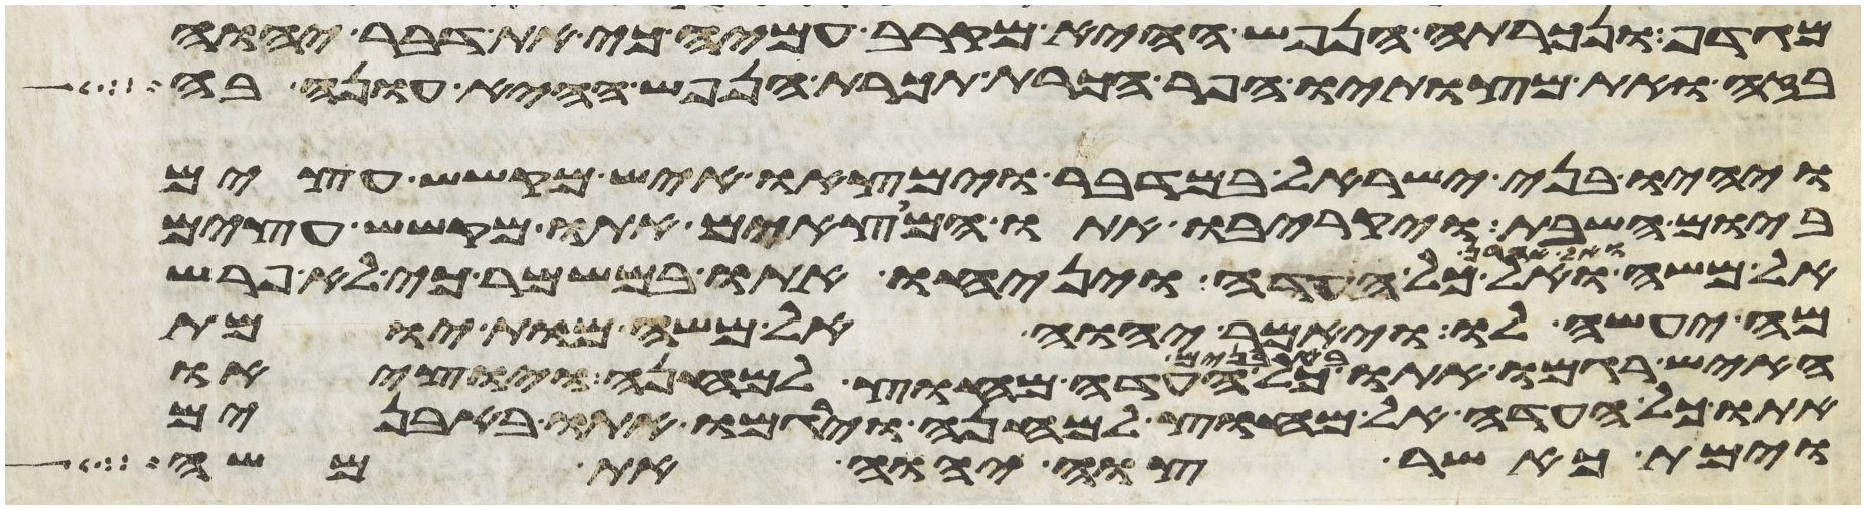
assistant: מגדף ונכרתה הנפש ההיא מקרב עמיה כי את דבר יהוה
בזה ואת מצותיו הפר הכרת תכרת הנפש ההיא עונה בה
ויהיו בני ישראל במדבר וימצאו איש מקשש עצים
ביום השבת ויקריבו אתו המצאים אתו מקשש עצים
אל משה ואל אהרן ואל כל העדה ויניחו אתו במשמר כי לא פרש
מה יעשה לו ויאמר יהוה אל משה מות יומת
האיש רגמו אתו באבנים כל העדה מחוץ למחנה ויוציאו
אתו כל העדה אל מחוץ למחנה וירגמו אתו באבנים
וימת כאשר צוה יהוה את משה